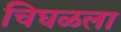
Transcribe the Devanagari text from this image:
चिघळला